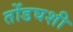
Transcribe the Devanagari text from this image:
तोंडघशी